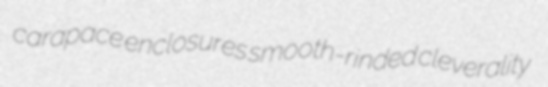
carapace enclosures smooth-rinded cleverality